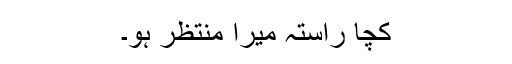
کچا راستہ میرا منتظر ہو۔